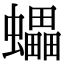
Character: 蠝